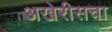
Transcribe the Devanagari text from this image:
अखेरीसचा